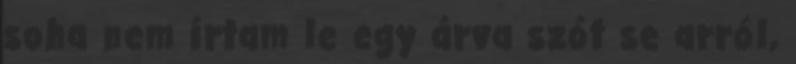
soha nem írtam le egy árva szót se arról,